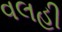
વલહી